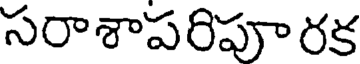
సరాశాపరిపూరక